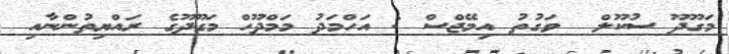
މަގޫދޫ ސުކޫލް  ވަގުތު އިމޭޖްސް : އަހްމަދު މަމްދޫހް މަގޫދޫގެ ރައްޔިތުންނާއި